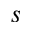
s